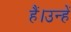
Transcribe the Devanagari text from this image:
हैं।उन्हें